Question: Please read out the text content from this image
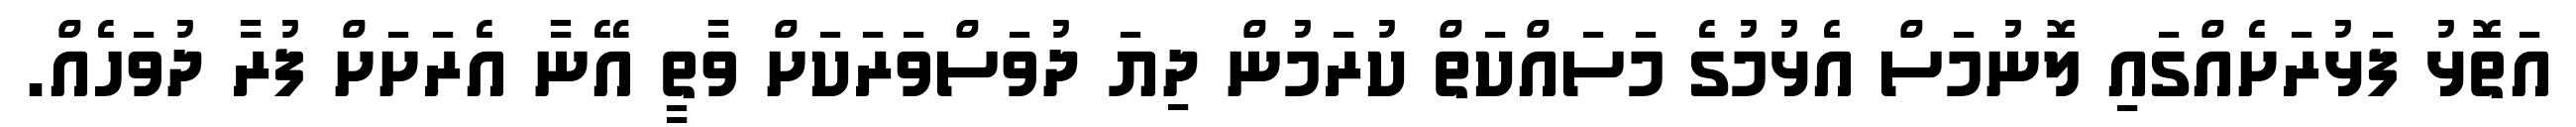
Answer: އަތޮޅު ފަޅުރަށެއްގައި ލޮނުމަސް އެޅުމުގެ މަސައްކަތް ކުރަމުން ދިޔަ ދުވަސްވަރަކަށް ވާތީ އޭނާ އެރަށަށް ފުރާ ދުވަހެއް.